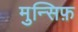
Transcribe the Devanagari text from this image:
मुन्सिफ़